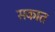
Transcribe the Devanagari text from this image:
सकात